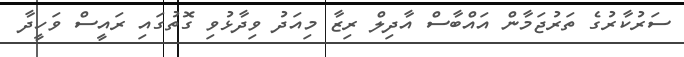
ސަރުކާރުގެ ތަރުޖަމާން އައްބާސް އާދިލް ރިޒާ މިއަދު ވިދާޅުވި ގޮތުގައި ރައީސް ވަހީދާ